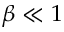
\beta \ll 1